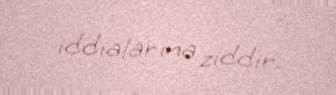
iddialarına ziddir.